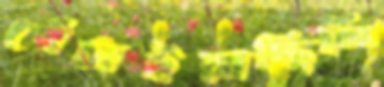
পেঁচাইয়াছিলি